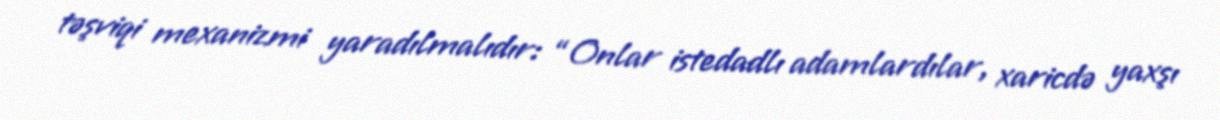
təşviqi mexanizmi yaradılmalıdır: “Onlar istedadlı adamlardılar, xaricdə yaxşı